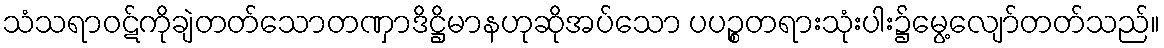
သံသရာဝဋ်ကိုချဲတတ်သောတဏှာဒိဋ္ဌိမာနဟုဆိုအပ်သော ပပဉ္စတရားသုံးပါး၌မွေ့လျော်တတ်သည်။